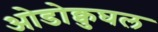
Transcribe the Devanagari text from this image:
ओडोक्वुघल